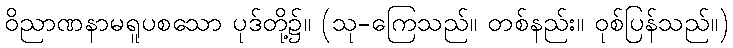
ဝိညာဏနာမရူပစသော ပုဒ်တို့၌။ (သု-ကြေသည်။ တစ်နည်း။ ဝုစ်ပြန်သည်။)